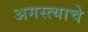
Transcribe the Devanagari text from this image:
अगस्त्याचे